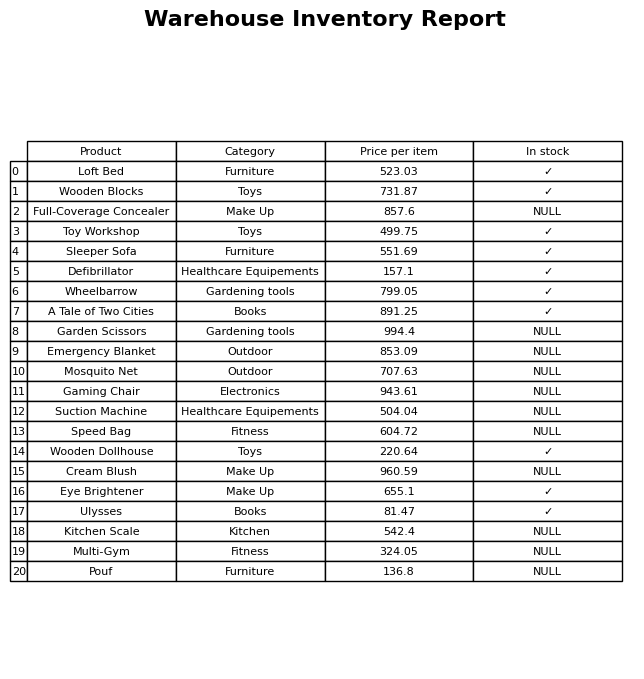
question: What is the stock status of the Wooden Blocks?
answer: ✓